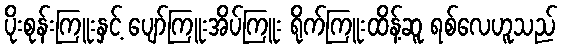
ပိုးစုန်းကြူးနှင့် ပျော်ကြူးအိပ်ကြူး ရိုက်ကြူးထိန့်ဆူ ရစ်လေဟူသည်